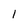
Character: I